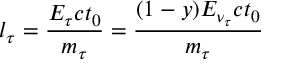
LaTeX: l _ { \tau } = \frac { E _ { \tau } c t _ { 0 } } { m _ { \tau } } = \frac { ( 1 - y ) E _ { \nu _ { \tau } } c t _ { 0 } } { m _ { \tau } }